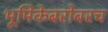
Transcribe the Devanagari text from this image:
भूमिकेबरोबरच